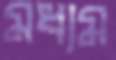
মধ্যম